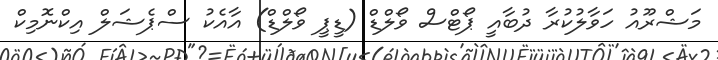
މަޝްރޫއު ހަވާލުކުރާ ދުބާއީ ޕޯޓްސް ވޯލްޑް (ޑީޕީ ވޯލްޑް) އާއެކު ސްޕެޝަލް އިކްނޮމިކް